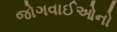
જોગવાઈઓનો